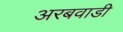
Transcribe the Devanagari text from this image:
अरबवाडी